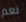
نعم